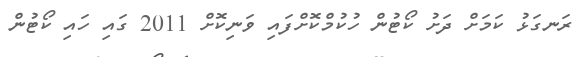
ރަނގަޅު ކަމަށް ދަށު ކޯޓުން ހުކުމްކޮށްފައި ވަނިކޮށް 2011 ގައި ހައި ކޯޓުން